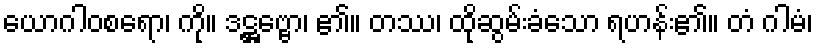
ယောဂါဝစရော၊ ကို။ ဒဋ္ဌဗ္ဗော၊ ၏။ တဿ၊ ထိုဆွမ်းခံသော ရဟန်း၏။ တံ ဂါမံ၊